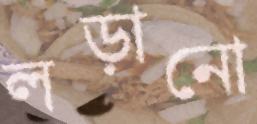
লড়ানো